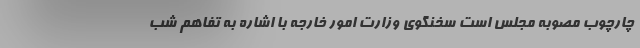
چارچوب مصوبه مجلس است سخنگوی وزارت امور خارجه با اشاره به تفاهم شب